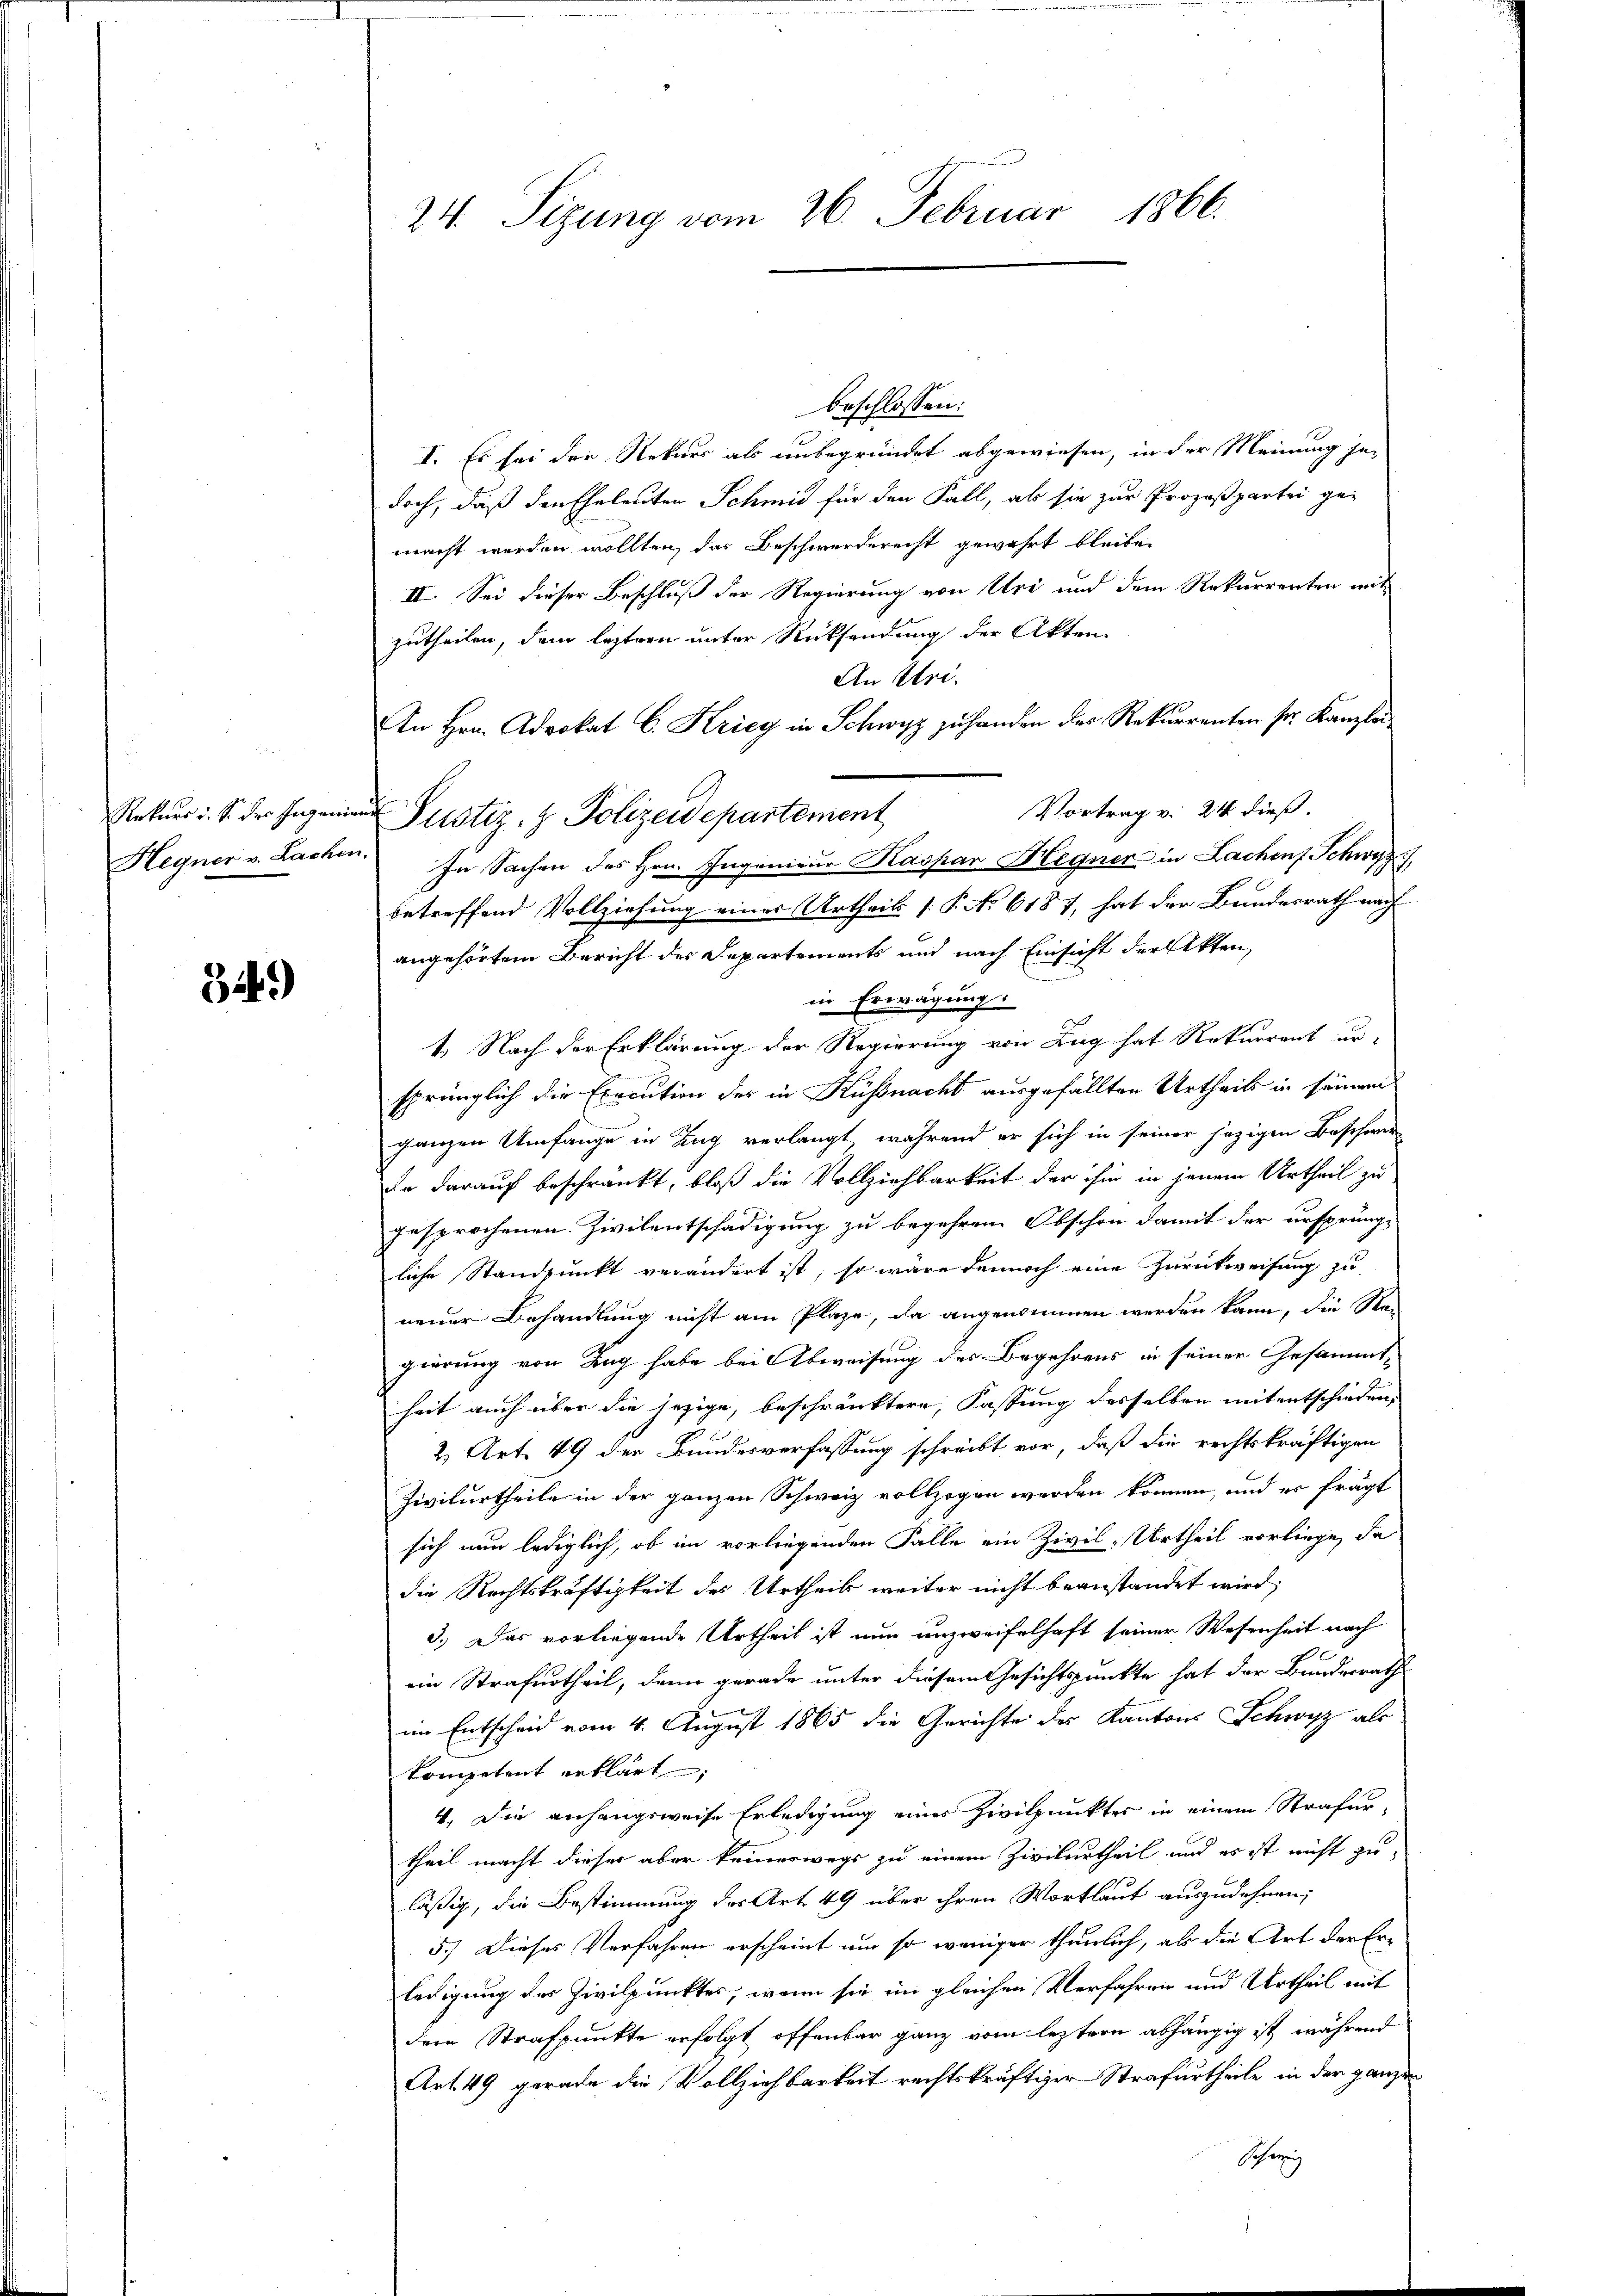
Hegner v. Lachen.

349)

24. Sizung vom 26. Februar 1866.

beschlossen:
I. Es sei der Rekurs als unbegründet abgewiesen, in der Meinung jedoch, daß den Eheleuten Schmid für den Fall, ab sie zur Prozeßpartei ge-
macht werden wollten, das Beschwerderecht gewährt bleiben
II. Sei dieser Beschluß der Regierung von Uri und dem Rekurrenten mit
zutheilen, dem leztern unter Rücksendung der Akten
An Uri.
An Hrn. Advokat C. Krieg in Schwyz zu handen des Rekurrenten sr. Kanzlei
Vortrag v. 24 dieß.
Rekurs d. S. der Ingenia Justiz- & Polizeidepartement
In Sachen des Hrn. Ingenieur Kaspar Hegner in Lachen Schwyz,
betreffend Vollziehung einer Urtheils [P No 6187, hat der Bundesrath nach
angehörtem Bericht des Departements und nach Einsicht der Akten,
in Erwägung:
1.) Nach der Erklärung der Regierung von Zug hat Rekurrent ur-
sprünglich die Execution des in Küssnacht ausgefällten Urtheils in seinem
ganzen Umfange in Zug verlangt, während er sich in seiner jezigen Beschwer
Er darauf beschränkt, bloß die Vollziehbarkeit der ihm in jenem Urtheil zu
gesprochenen Zivilentschädigung zu begehren Obschon damit der ursprüng-
liche Standpunkt verändert ist, so wäre dennoch eine Zurückweisung zu
neuer Behandlung nicht am Plaze, da angenommen werden kann, die Re-
gierung von Zug habe bei Abweisung des Begehrens in seiner Gesammtheit auch über die jezige, beschränktere, Fassung desselben mit entschieden,
2 Art. 49 der Bundesverfassung schreibt vor, daß die rechtskräftigen
Zivilurtheile in der ganzen Schweiz vollzogen werden können, und er frägt
sich nun lediglich, ob im vorliegenden Falle ein Zivil-Urtheil vorliege, da
die Rechtskräftigkeit des Urtheils weiter nicht beanstandet wird;
3.) Das vorliegende Urtheil ist nun unzweifelhaft seiner Wesenheit nach
2
ein Strafurtheil, denn gerade unter diesem Gesichtspunkte hat der Bundesrath
im Entscheid vom 4. August 1865 die Gerichte des Kantons Schwyz als
kompetent erklärt;
4. Die anhangsweise Erledigung eines Zivilpunktes in einem Strafurtheil macht dieser aber keineswegs zu einem Zivilurtheil und es ist nicht zuläßig, die Bestimmung des Art. 49 über ihren Wortlaut auszudehnen;
5.) Dieses Verfahren erscheint um so weniger thunlich, als die Art der Erledigung des Zivilpunktes, wenn sie im gleichen Verfahren und Urtheil mit
dem Strafpunkte erfolgt offenbar ganz vom leztern abhängig ist während
Art. 49 gerade die Vollziehbarkeit rechtskräftiger Strafurtheile in der ganzen
Schöne